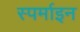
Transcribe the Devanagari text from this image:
स्पर्माइन